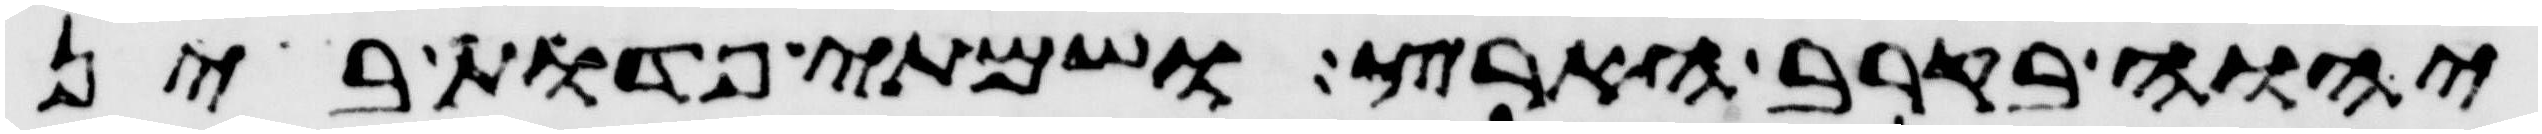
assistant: יהוה בקרב הארץ ושמתי פדות בין